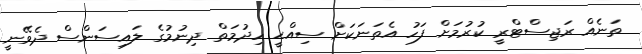
ތަނެއް ރަޖިސްޓްރީ ކުރުމަށް ފަހު އެތަނަކަށް ސިއްޙީ ހިދުމަތް ދިނުމުގެ ލައިސަންސް ދެވޭނީ